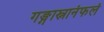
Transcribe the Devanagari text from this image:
गङ्गास्नानंफलं